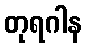
တုရဂါန